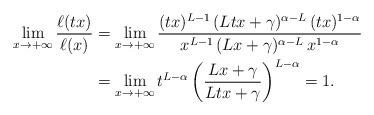
LaTeX: \begin{align*}\lim_{x\to+\infty}\frac{\ell(t x)}{\ell(x)}&=\lim_{x\to+\infty}\frac{(tx)^{L-1} \, (Ltx+\gamma)^{\alpha-L} \, (tx)^{1-\alpha}}{x^{L-1} \, (Lx+\gamma)^{\alpha-L} \, x^{1-\alpha}}\\&=\lim_{x\to+\infty}t^{L-\alpha}\left(\frac{Lx+\gamma}{L tx+\gamma}\right)^{L-\alpha}=1.\end{align*}